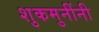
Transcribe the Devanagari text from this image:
शुकमुनींनी